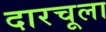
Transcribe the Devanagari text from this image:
दारचूला